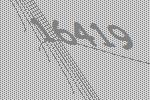
16419